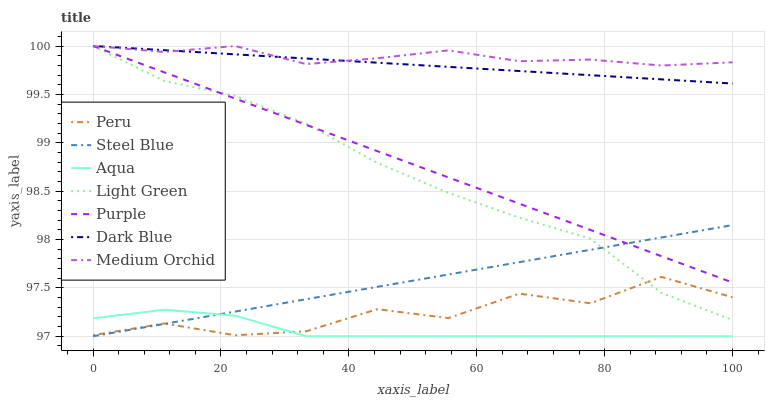
| xaxis_label | Peru | Steel Blue | Aqua | Light Green | Purple | Dark Blue | Medium Orchid |
 | --- | --- | --- | --- | --- | --- | --- | --- |
 | 0 | 97 | 97 | 97.2 | 100 | 100 | 100 | 100 |
 | 11.1 | 97.1 | 97.1 | 97.3 | 99.6 | 99.7 | 100 | 99.9 |
 | 22.2 | 97 | 97.3 | 97.2 | 99.5 | 99.5 | 99.9 | 100 |
 | 33.3 | 97.1 | 97.4 | 97 | 99.2 | 99.2 | 99.9 | 99.8 |
 | 44.4 | 97.3 | 97.5 | 97 | 98.8 | 98.9 | 99.8 | 99.9 |
 | 55.6 | 97.2 | 97.6 | 97 | 98.5 | 98.6 | 99.8 | 100 |
 | 66.7 | 97.4 | 97.8 | 97 | 98.2 | 98.4 | 99.7 | 99.8 |
 | 77.8 | 97.3 | 97.9 | 97 | 98 | 98.1 | 99.7 | 99.9 |
 | 88.9 | 97.6 | 98 | 97 | 97.4 | 97.8 | 99.7 | 99.8 |
 | 100 | 97.4 | 98.1 | 97 | 97.2 | 97.6 | 99.6 | 99.8 |